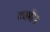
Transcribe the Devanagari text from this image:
टक्सैस